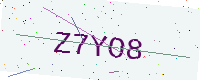
Text: Z7YO8